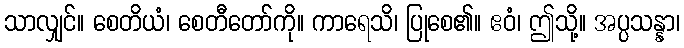
သာလျှင်။ စေတိယံ၊ စေတီတော်ကို။ ကာရေသိ၊ ပြုစေ၏။ ဧဝံ၊ ဤသို့။ အပ္ပသန္နာ၊